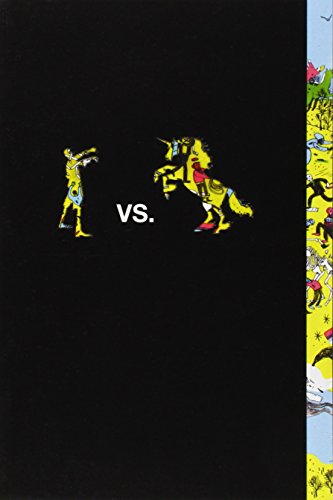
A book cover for Zombies vs. Unicorns; Teen & Young Adult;